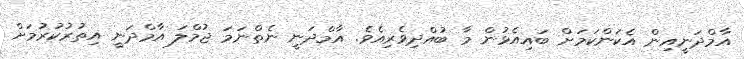
އާމްދަނީއިން އެކަންކަމަށް ބައިއެޅުން މާ ބުއްދިވެރިއެވެ. އާމްދަނީ ނެތްނަމަ ޖުމްލަ އާމްދަނީ އިތުރުކުރުމަށް